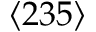
\langle 2 3 5 \rangle